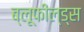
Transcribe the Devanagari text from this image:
ब्लूफील्ड्स